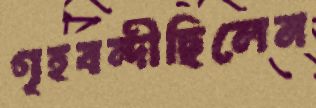
গৃহবন্দীছিলেন